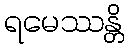
ရမေဿန္တိ